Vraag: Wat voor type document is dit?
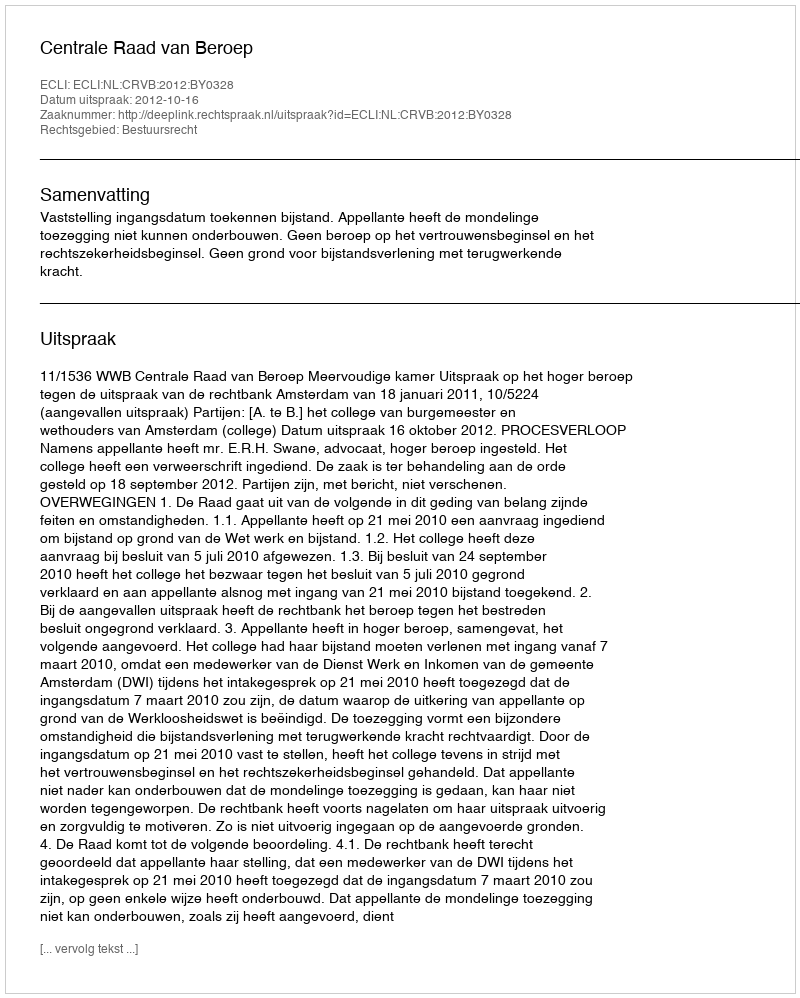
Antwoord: Uitspraak